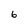
Character: 6